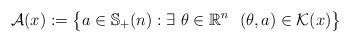
\begin{align*}\mathcal{A}(x):= \big\{a\in \mathbb{S}_{+}(n): \exists\ \theta \in \mathbb{R}^n\ \ (\theta, a) \in \mathcal{K}(x)\big\}\end{align*}